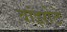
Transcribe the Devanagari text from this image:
वांझोटे